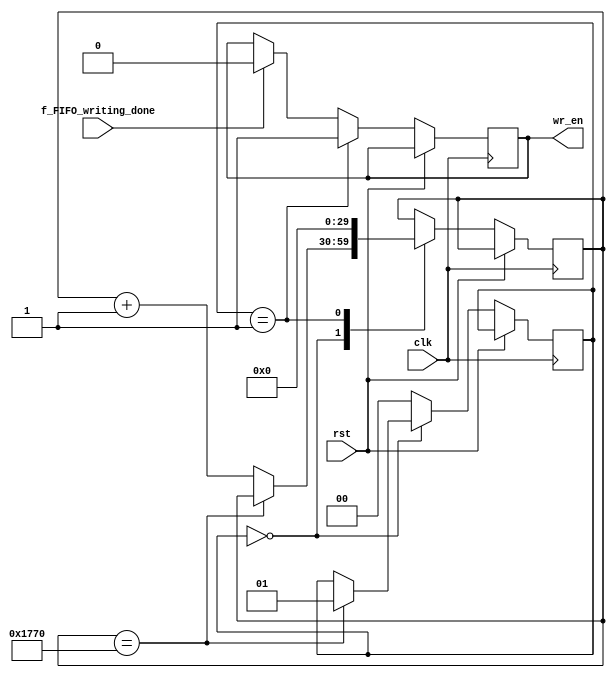
module fake_tdc (
    
    // INPUT
    input clk,  // clock
    input rst,  // reset
    input f_FIFO_writing_done,

    // OUTPUT
    output  wr_en

  );

  localparam STATE_SIZE = 2,
    DELAY = 2'd0,
    SEND_TO_FIFO = 2'd1;

  reg [STATE_SIZE-1:0] state_d, state_q;
  reg [29:0] delay_cntr_d, delay_cntr_q;
  reg wr_en_d, wr_en_q;

  assign wr_en = wr_en_q;

  /* Combinational Logic */
  always @* begin
    delay_cntr_d = delay_cntr_q;
    state_d = state_q; // default values
    wr_en_d = wr_en_q;


    if (f_FIFO_writing_done==1'b1) begin
      wr_en_d=1'b0; // latch here is fine
    end 


    case (state_q)
      DELAY: begin
        if (delay_cntr_q == 30'd6000) begin
          state_d = SEND_TO_FIFO;
        end else begin
          delay_cntr_d = delay_cntr_q + 1'b1;
        end
      end // DELAY

      SEND_TO_FIFO: begin
        wr_en_d=1'b1;
        state_d=DELAY;  
        delay_cntr_d=30'd0;
      end

      default: begin
        state_d = DELAY;
      end

    endcase
  
  end
  



  /* Sequential Logic */
  always @(posedge clk) begin
    if (rst) begin
      // Add flip-flop reset values here
    end else begin
      // Add flip-flop q <= d statements here
      state_q <= state_d;
      delay_cntr_q <= delay_cntr_d;
      wr_en_q <= wr_en_d;
    end
  end
  
endmodule